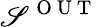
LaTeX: \mathscr{S}^{\mathrm{{~O~U~T~}}}